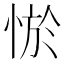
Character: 𢛨